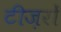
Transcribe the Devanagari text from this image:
टीज़रों